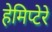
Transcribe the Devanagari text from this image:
हेमिप्टेरे